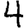
Digit: 4